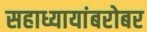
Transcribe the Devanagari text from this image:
सहाध्यायांबरोबर